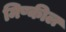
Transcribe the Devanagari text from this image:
मिष्कील